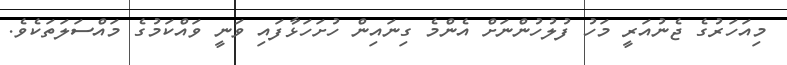
މިއަހަރުގެ ޖެނުއަރީ މަހު ފުލުހުންނަށް އެންމެ ގިނައިން ހުށަހަޅާފައި ވަނީ ވައްކަމުގެ މައްސަލަތަކެވެ.